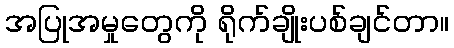
အပြုအမှုတွေကို ရိုက်ချိုးပစ်ချင်တာ။